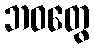
ဘဝတွေ